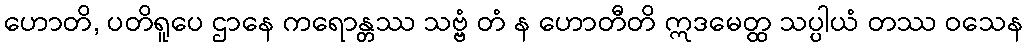
ဟောတိ, ပတိရူပေ ဌာနေ ကရောန္တဿ သဗ္ဗံ တံ န ဟောတီတိ ဣဒမေတ္ထ သပ္ပါယံ တဿ ဝသေန